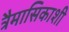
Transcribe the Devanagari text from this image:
त्रैमासिकाशी